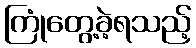
ကြုံတွေ့ခဲ့ရသည့်